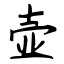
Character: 壶